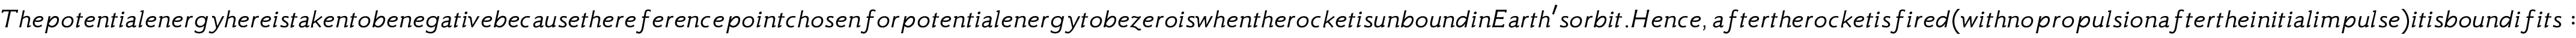
T h e p o t e n t i a l e n e r g y h e r e i s t a k e n t o b e n e g a t i v e b e c a u s e t h e r e f e r e n c e p o i n t c h o s e n f o r p o t e n t i a l e n e r g y t o b e z e r o i s w h e n t h e r o c k e t i s u n b o u n d i n E a r t h ^ { \prime } s o r b i t . H e n c e , a f t e r t h e r o c k e t i s f i r e d ( w i t h n o p r o p u l s i o n a f t e r t h e i n i t i a l i m p u l s e ) i t i s b o u n d i f i t s :